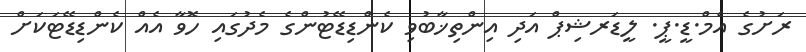
ރަށުގެ އެމް.ޑީ.ޕީ. ލީޑަރޝިޕް އަދި އިންތިޚާބުވި ކެންޑިޑޭޓުންގެ މެދުގައި ހޮވާ އެއް ކެންޑިޑޭޓަކަށް